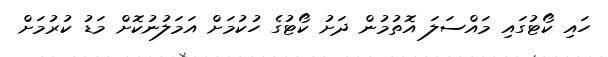
ހައި ކޯޓުގައި މައްސަލަ އޮތުމުން ދަށު ކޯޓުގެ ހުކުމަށް އަމަލުނުކޮށް މަޑު ކުރުމަށް